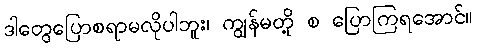
ဒါတွေပြောစရာမလိုပါဘူး၊ ကျွန်မတို့ စ ပြောကြရအောင်။